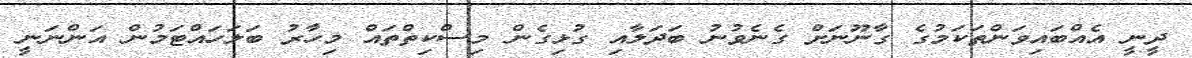
ދީނީ އެއްބައިވަންތަކަމުގެ ގާނޫނަށް ގެނެވުނު ބަދަލާއި ގުޅިގެން މިސްކިތްތައް މިހާރު ބަލަހައްޓަމުން އަންނަނީ